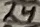
Text: 24